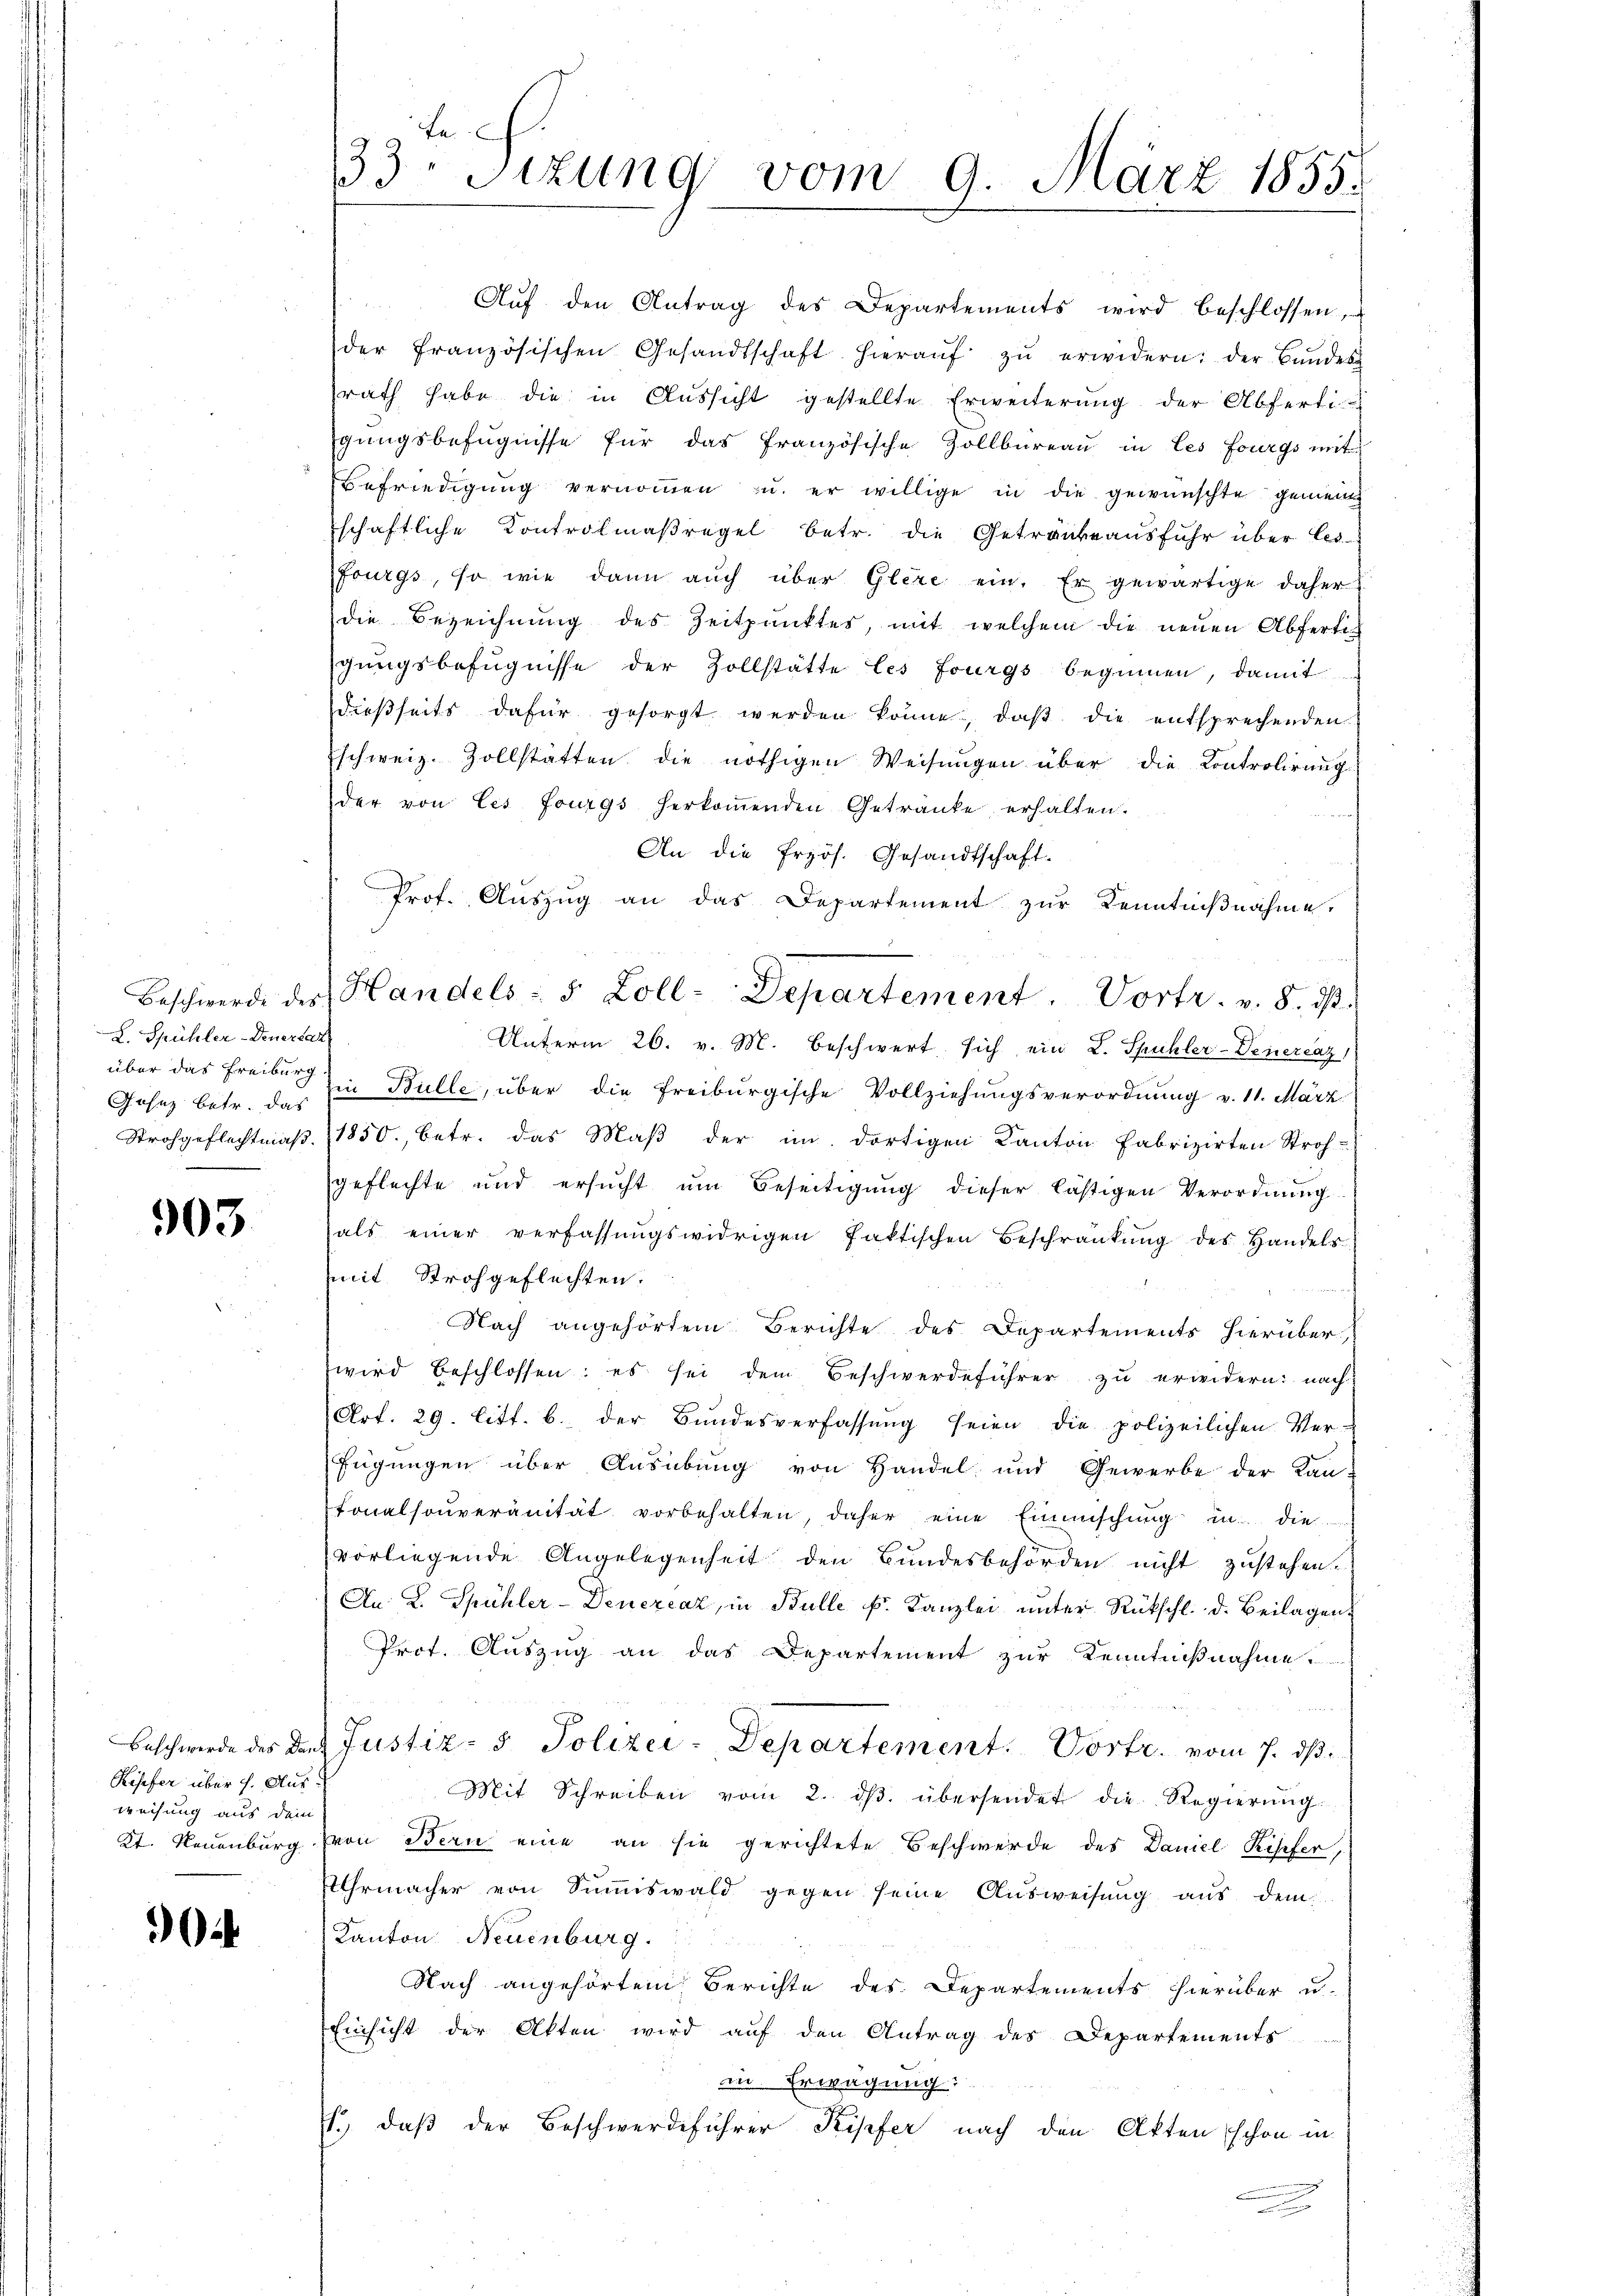
L. Spühler-Feuertat
Gesez betr. das

903.

Kipfer über h. Ausweisung aus dem

0

Aŭf den Antrag des Departements wird beschlossen,
der französischen Gesandtschaft hieraŭf zŭ erwidern: der Bŭndes
rath habe die in Aŭssicht gestellte Erweiterŭng der Abfertigungsbefugnisse für das französische Zollbüreau in les fourgs mit
Befriedigung vernommen u. er willige in die gewünschte gemein
schaftliche Kontrolmaßregel betr. die Getränke ausfuhr über les
Fourgs, so wie dann auch über Glexe ein. Er gewärtige daher
die Bezeichnung des Zeitpunktes, mit welchem die neuen Abfertigungsbefugnisse der Zollstätte les Fourgs beginnen, damit
dießseits dafür gesorgt werden könne, daß die entsprechenden
schweiz. Zollstätten die nöthigen Weisungen über die Kontrolirung
der von Ces Fourgs herkoṁenden Getränke erhalten.
An die frzös. Gesandtschaft.
Prof. Aŭszŭg an das Departement zŭr Kenntniβnahme.
Unterm 26. v. M. beschwert sich ein L. Spühler-Veneraz
über das Freiburg in Bulle, über die Freiburgische Vollziehungsverordnung v. 11. März
Strohgeflechtmaβ. (1850, betr. das Maβ der im dortigen Kanton Fabrizirten Stroh-
geflechte und ersŭcht ŭm Beseitigŭng dieser lästigen Verordnŭng
hals einer verfassŭngswidrigen faktischen Beschränkung des Handels
mmit Strohgeflechten:

Nach angehörtem Berichte des Departements hierüber,
wird beschlossen: es sei dem Beschwerdeführer zŭ erwidern: nach
Art. 29. litt. b. der Bŭndesverfassŭng seien die polizeilichen Ver-
fügungen über Ausübung von Handel und Gewerbe der Kan-
tonalsoŭveranität vorbehalten, daher eine Einmischŭng in die
vorliegende Angelegenheit den Bundesbehörden nicht zustehen
An K. Spühler-Deneraz, in Bulle f. Kanzlei unter Rückschl. d. Beilagen,
Prot. Auszug an das Departement zur Kenntnißnahme
Beschwerde des den Justiz- & Polizei-Departement. Vortr. vom 7. ds.
Mit Schreiben vom 2. dβ. übersendet die Regierŭng
Kt. Neuenburg (von Bern eine an sie gerichtete Beschwerde des Daniel Kiefer,
Uhrmacher von Sumiswald gegen seine Ausweisung aus dem
Kanton Neuenburg.
Nach angehörtem Berichte des Departements hierüber u.
Einsicht der Akten wird auf den Antrag des Departements
in Erwägung:
so daß der Beschwerdeführer Kipfer nach den Akten schon in
e

te
33. Sizung vom 9. März 1855.

Beschwerde des Handels- 5 Zoll-Departement. Vortr. v. 8. ds.